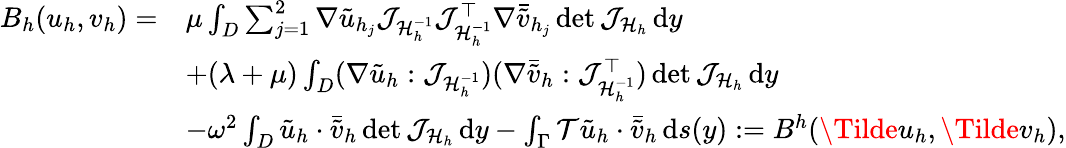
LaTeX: \begin{array}{rl}{B_{h}(u_{h},v_{h})=}&{\mu\int_{D}\sum_{j=1}^{2}\nabla\tilde{u}_{h_{j}}\mathcal{J}_{\mathcal{H}_{h}^{-1}}\mathcal{J}_{\mathcal{H}_{h}^{-1}}^{\top}\nabla\bar{\tilde{v}}_{h_{j}}\operatorname*{det}{\mathcal{J}_{\mathcal{H}_{h}}}\, \mathrm{d}y}\\ &{+(\lambda+\mu)\int_{D}(\nabla\tilde{u}_{h}:\mathcal{J}_{\mathcal{H}_{h}^{-1}})(\nabla\bar{\tilde{v}}_{h}:\mathcal{J}_{\mathcal{H}_{h}^{-1}}^{\top})\operatorname*{det}{\mathcal{J}_{\mathcal{H}_{h}}}\, \mathrm{d}y}\\ &{-\omega^{2}\int_{D}\tilde{u}_{h}\cdot\bar{\tilde{v}}_{h}\operatorname*{det}{\mathcal{J}_{\mathcal{H}_{h}}}\, \mathrm{d}y-\int_{\Gamma}\mathcal{T}\tilde{u}_{h}\cdot\bar{\tilde{v}}_{h}\, \mathrm{d}s(y):=B^{h}(\Tilde{u}_{h},\Tilde{v}_{h}),}\end{array}